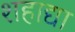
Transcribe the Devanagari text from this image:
शहाद्या